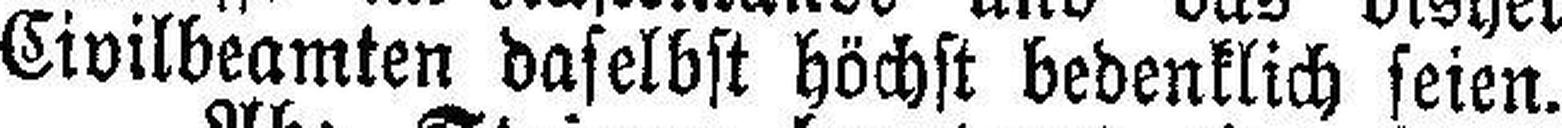
Civilbeamten daselbst höchst bedenklich seien.